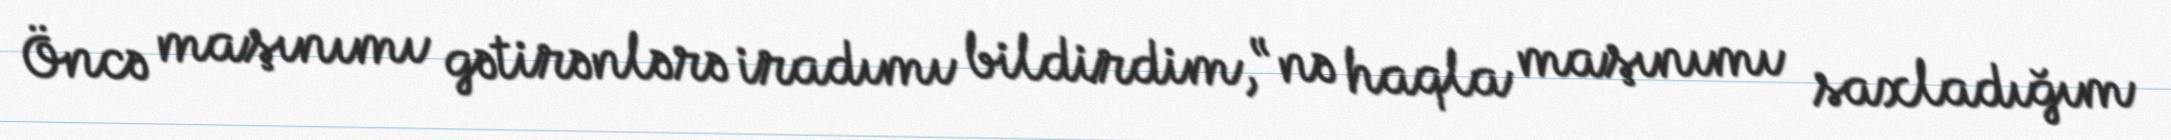
Öncə maşınımı gətirənlərə iradımı bildirdim, “nə haqla maşınımı saxladığım